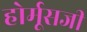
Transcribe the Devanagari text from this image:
होर्मूसजी